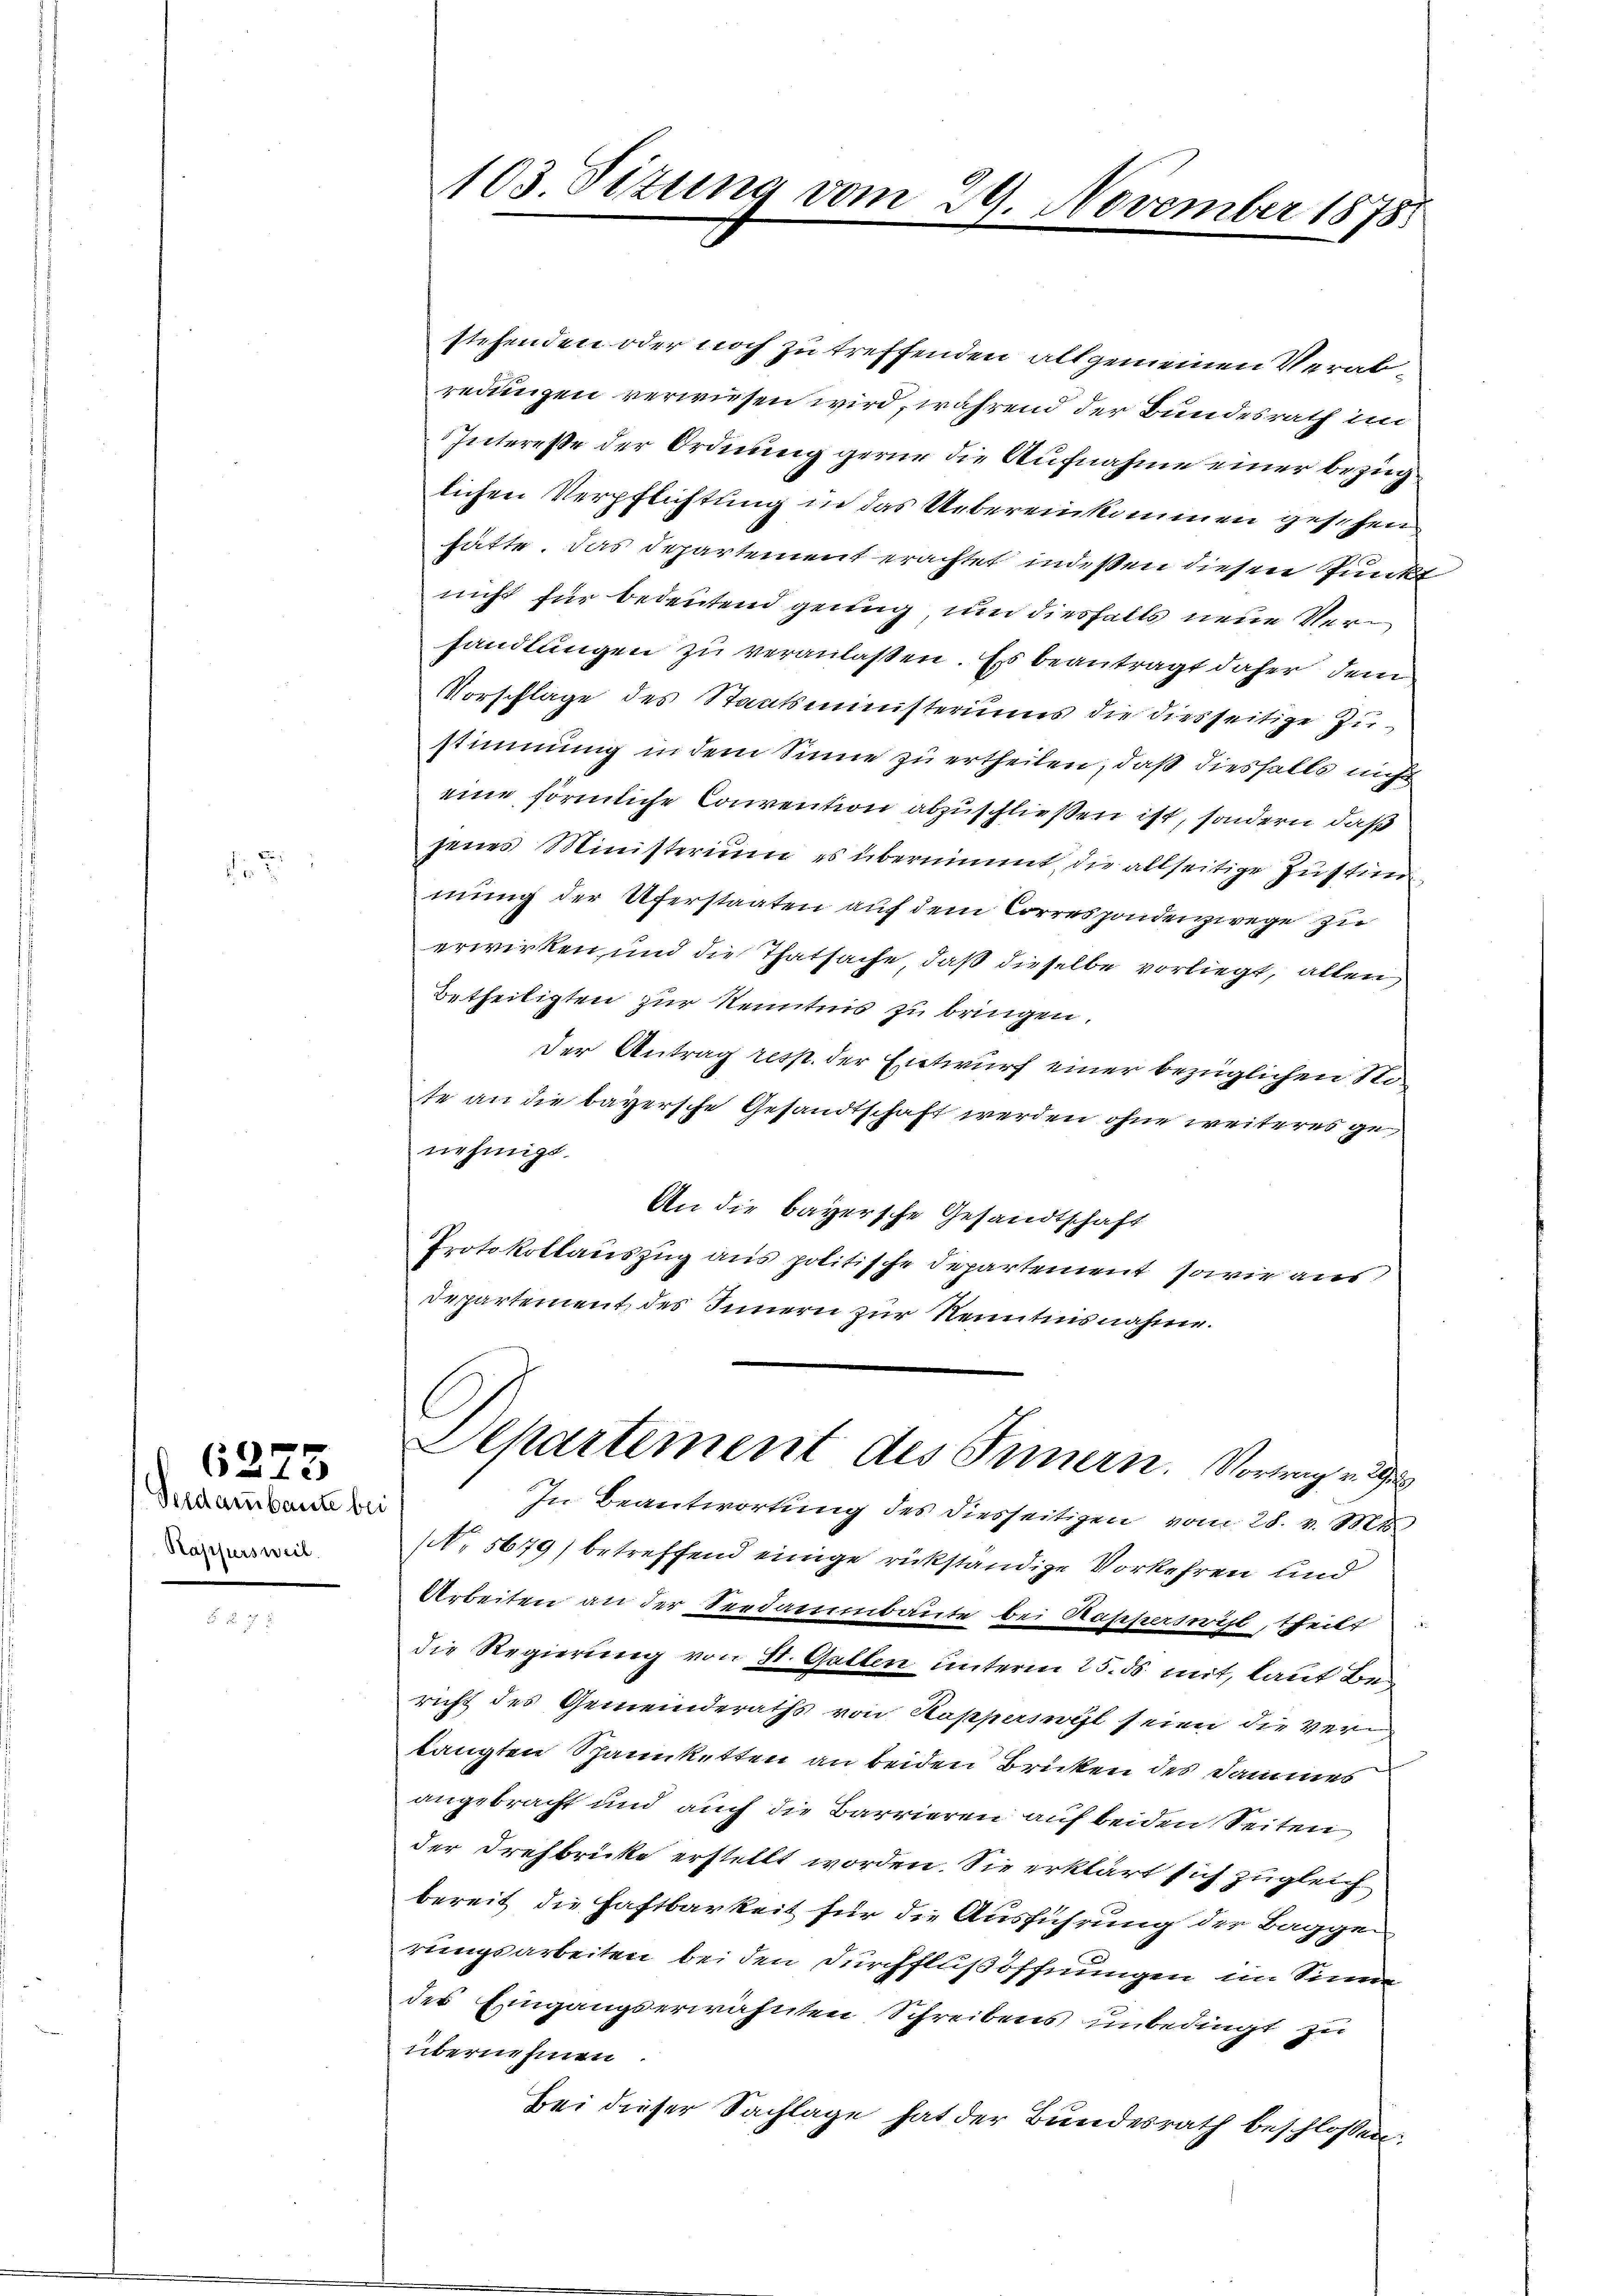
di

Perdarbaute bei
Kappersweil.

6275

stehenden oder noch zu treffenden allgemeinen Verabredungen verwiesen wird, während der Bundesrath im
Intereße der Ordnung gerne die Aufnahme einer bezüglichen Verpflichtung in das Uebereinkommen geschen
hätte. Das Departement erachtet indeßen diesen Punkt
nicht für bedeutend genug um diesfalls neue Verhandlungen zu veranlaßen. Es beantragt daher dem
Vorschlage des Staatsministeriums die diesseitige Zustimmung in dem Sinne zu ertheilen, daß diesfalls nicht
eine förmliche Convention abzuschließen ist, sondern daß
jenes Ministerium es übernimmt die allseitige Zustim
mung der Uferstaaten auf dem Correspondenzwege zu
erwirken und die Thatsache, daß dieselbe vorliegt, allen
Betheiligten zur Kenntnis zu bringen.
Der Antrag resp. der Entwurf einer bezüglichen Sote an die bayersche Gesandtschaft werden ohne weiteres genehmigt.
An die bayersche Gesandtschaft
Protokollauszug aus politische Departement, sowie aus
departement des Sinnern zur Kenntnisnahme.
Departement des Innern. Vortrag v
In Beantwortung des diesseitigen vom 28. v. Mts.
NNo. 5679) betreffend einige rückständige Vorkehren und
Arbeiten an der Seedammbaute bei Rapperswil, theilt
die Regierung von St. Gatten unterm 25. ds mit, laut Bericht des Gemeinderaths von Kapperswyl seien die Vertängten Spannketten an beiden Brücken des Dammes
angebracht und auch die Barrieren auf beiden Seiten
der Drehbrücke erstellt worden. Sie erklärt sich zugleich
bereit, die Haftbarkeit für die Ausführung der Baggen
rungsarbeiten bei den Durchflußöffnungen im Sinne
des Eingangserwähnten Schreibens unbedingt zu
übernehmen
Bei dieser Sachlage hat der Bundesrath beschlossen:

103. Situng vom 29. November 1878